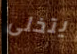
يتخلى